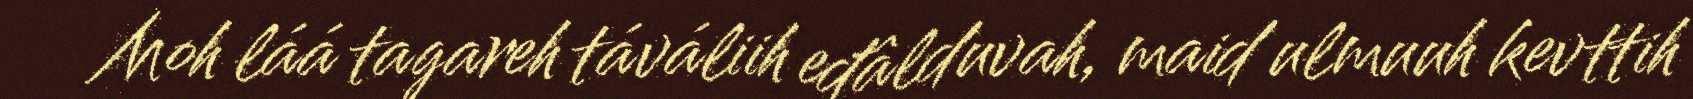
Moh láá tagareh táváliih eđâlduvah, maid ulmuuh kevttih